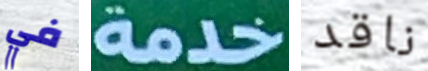
في خدمة ناقد